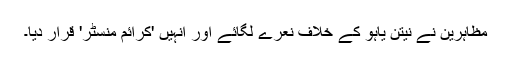
مظاہرین نے نیتن یاہو کے خلاف نعرے لگائے اور انہیں 'کرائم منسٹر' قرار دیا۔